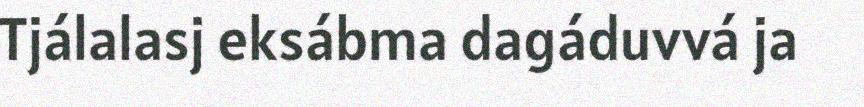
Tjálalasj eksábma dagáduvvá ja